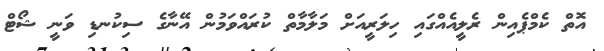
އޮތް ކެމްޕެއިން ރެލީއެއްގައި ހިލަރީއަށް މަލާމާތް ކުރައްވަމުން އޭނާގެ ސިކުނޑި ވަނީ ޝޯޓް